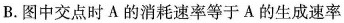
B.图中交点时A的消耗速率等于A的生成速率